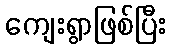
ကျေးရွာဖြစ်ပြီး